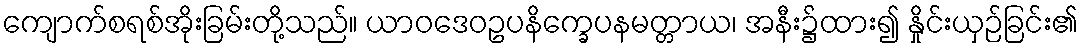
ကျောက်စရစ်အိုးခြမ်းတို့သည်။ ယာဝဒေဝဥပနိက္ခေပနမတ္တာယ၊ အနီး၌ထား၍ နှိုင်းယှဉ်ခြင်း၏